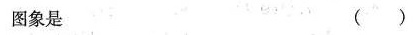
图象是 ()